Note on the mental hospitals in Burma - 1925-1940
Year: 1925
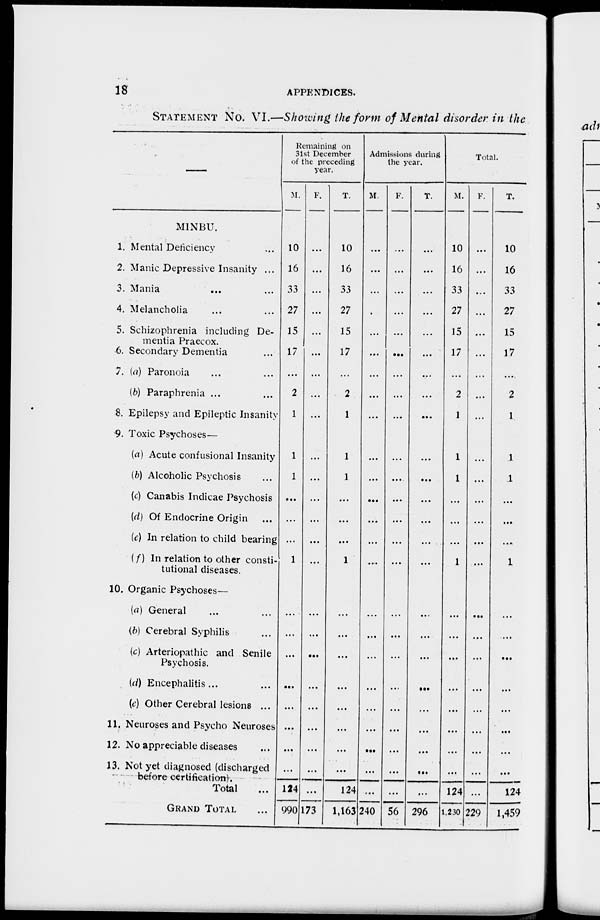
18
APPENDICES.
STATEMENT No. VI.—Showing the form of Mental disorder in the
M1NBU.
1. Mental Deficiency ...
2. Manic Depressive Insanity ...
3. Mania
...
...
4. Melancholia ... ...
5. Schizophrenia including De-
mentia Præcox.
6. Secondary Dementia
7. (a) Paronoia ... ...
(6) Paraphrenia ...
8. Epilepsy and Epileptic Insanity
9. Toxic Psychoses—
(a) Acute confusional Insanity
(b) Alcoholic Psychosis ...
(c) Canabis Indicae Psychosis
(d) Of Endocrine Origin ...
(e) In relation to child bearing
(f) In relation to other consti-
tutional diseases.
10. Organic Psychoses—
(a) General ... ...
(b) Cerebral Syphilis ...
(c) Arteriopathic and Senile
Psychosis.
(d) Encephalitis ... ...
(e) Other Cerebral lesions ...
11. Neuroses and Psycho Neuroses
12. No appreciable diseases ...
13. Not yet diagnosed (discharged
before certification).
Total ...
GRAND TOTAL ...
Remaining on
31st December
of the preceding
year.
M.
10
16
33
27
15
17
...
2
1
1
1
...
...
...
1
...
...
...
...
...
...
...
...
124
990
F.
...
...
...
...
...
...
...
...
...
...
...
...
...
...
...
...
...
...
...
...
...
...
...
...
173
T.
10
16
33
27
15
17
...
2
1
1
1
...
...
...
1
...
...
...
...
...
...
...
...
124
1,163
Admissions during
the year.
M.
...
...
...
...
...
...
...
...
...
...
...
...
...
...
....
...
...
...
...
...
...
...
...
...
240
F.
...
...
...
...
...
...
...
...
...
...
...
...
...
...
...
...
...
...
...
...
...
...
...
...
56
T.
...
...
...
...
...
...
...
...
...
...
...
...
...
...
...
...
...
...
...
...
...
...
...
...
296
Total.
M.
10
16
33
27
15
17
...
2
1
1
1
...
...
...
1
...
...
...
...
...
...
...
...
124
1,230
F.
...
...
...
...
...
...
...
...
...
...
...
...
...
...
...
...
...
...
...
...
...
...
229
T.
10
16
33
27
15
17
...
2
1
1
1
...
...
...
1
...
...
...
...
...
...
...
...
124
1,459